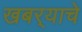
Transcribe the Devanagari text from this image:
खबर्‍याचे